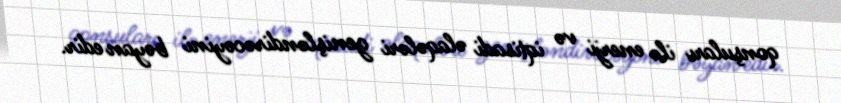
qonşuları ilə enerji və iqtisadi əlaqələri genişləndirəcəyini bəyan edir.